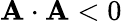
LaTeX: \mathbf{A\cdot A}<0